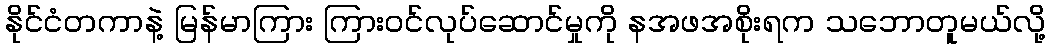
နိုင်ငံတကာနဲ့ မြန်မာကြား ကြားဝင်လုပ်ဆောင်မှုကို နအဖအစိုးရက သဘောတူမယ်လို့